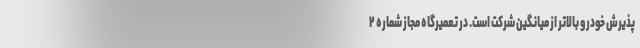
پذیرش خودرو بالاتر از میانگین شرکت است. در تعمیرگاه مجاز شماره ۲